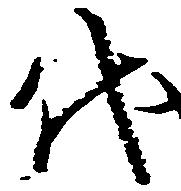
代